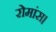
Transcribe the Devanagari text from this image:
रोमांस।